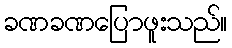
ခဏခဏပြောဖူးသည်။